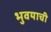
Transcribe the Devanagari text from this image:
भुवयाची